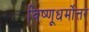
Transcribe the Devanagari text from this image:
विष्णूधर्मोत्तर